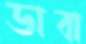
ডাবা